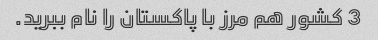
3 کشور هم مرز با پاکستان را نام ببرید.